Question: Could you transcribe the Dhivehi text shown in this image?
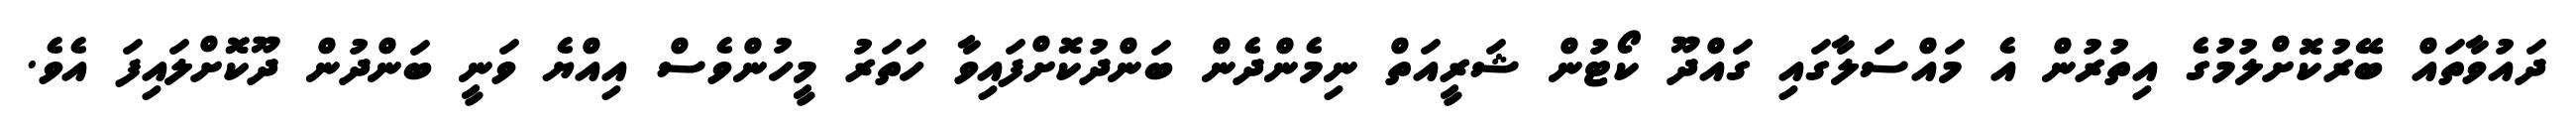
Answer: ދައުވާތައް ބޭރުކޮށްލުމުގެ އިތުރުން އެ މައްސަލާގައި ގައްދޫ ކޯޓުން ޝަރީއަތް ނިމެންދެން ބަންދުކޮށްފައިވާ ހަތަރު މީހުންވެސް އިއްޔެ ވަނީ ބަންދުން ދޫކޮށްލައިފަ އެވެ.